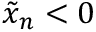
\tilde { x } _ { n } < 0